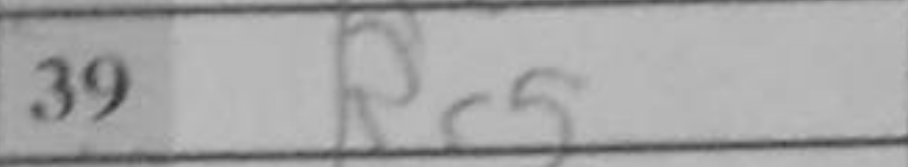
Transcription: Rc5